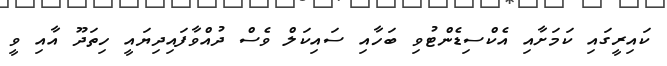
ކައިރީގައި ކަމަށާއި އެކްސިޑެންޓުވި ބަހާއި ސައިކަލް ވެސް ދުއްވާފައިދިޔައީ ހިތަދޫ އާއި ވީ